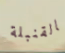
بالقنبلة